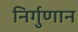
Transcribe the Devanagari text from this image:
निर्गुणान